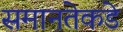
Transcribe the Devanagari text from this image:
समानतेकडे